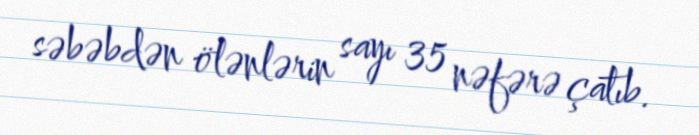
səbəbdən ölənlərin sayı 35 nəfərə çatıb.